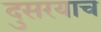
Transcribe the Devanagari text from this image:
दुसरयाच